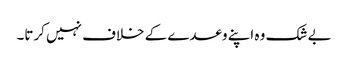
بے شک وہ اپنے وعدے کے خلاف نہیں کرتا۔